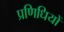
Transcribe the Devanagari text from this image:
प्रणिधियों